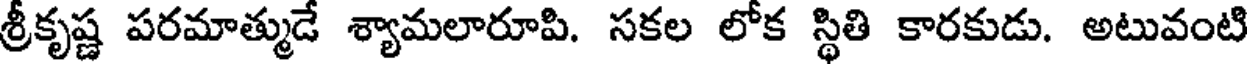
శ్రీకృష్ణ పరమాత్ముడే శ్యామలారూపి. సకల లోక స్థితి కారకుడు. అటువంటి